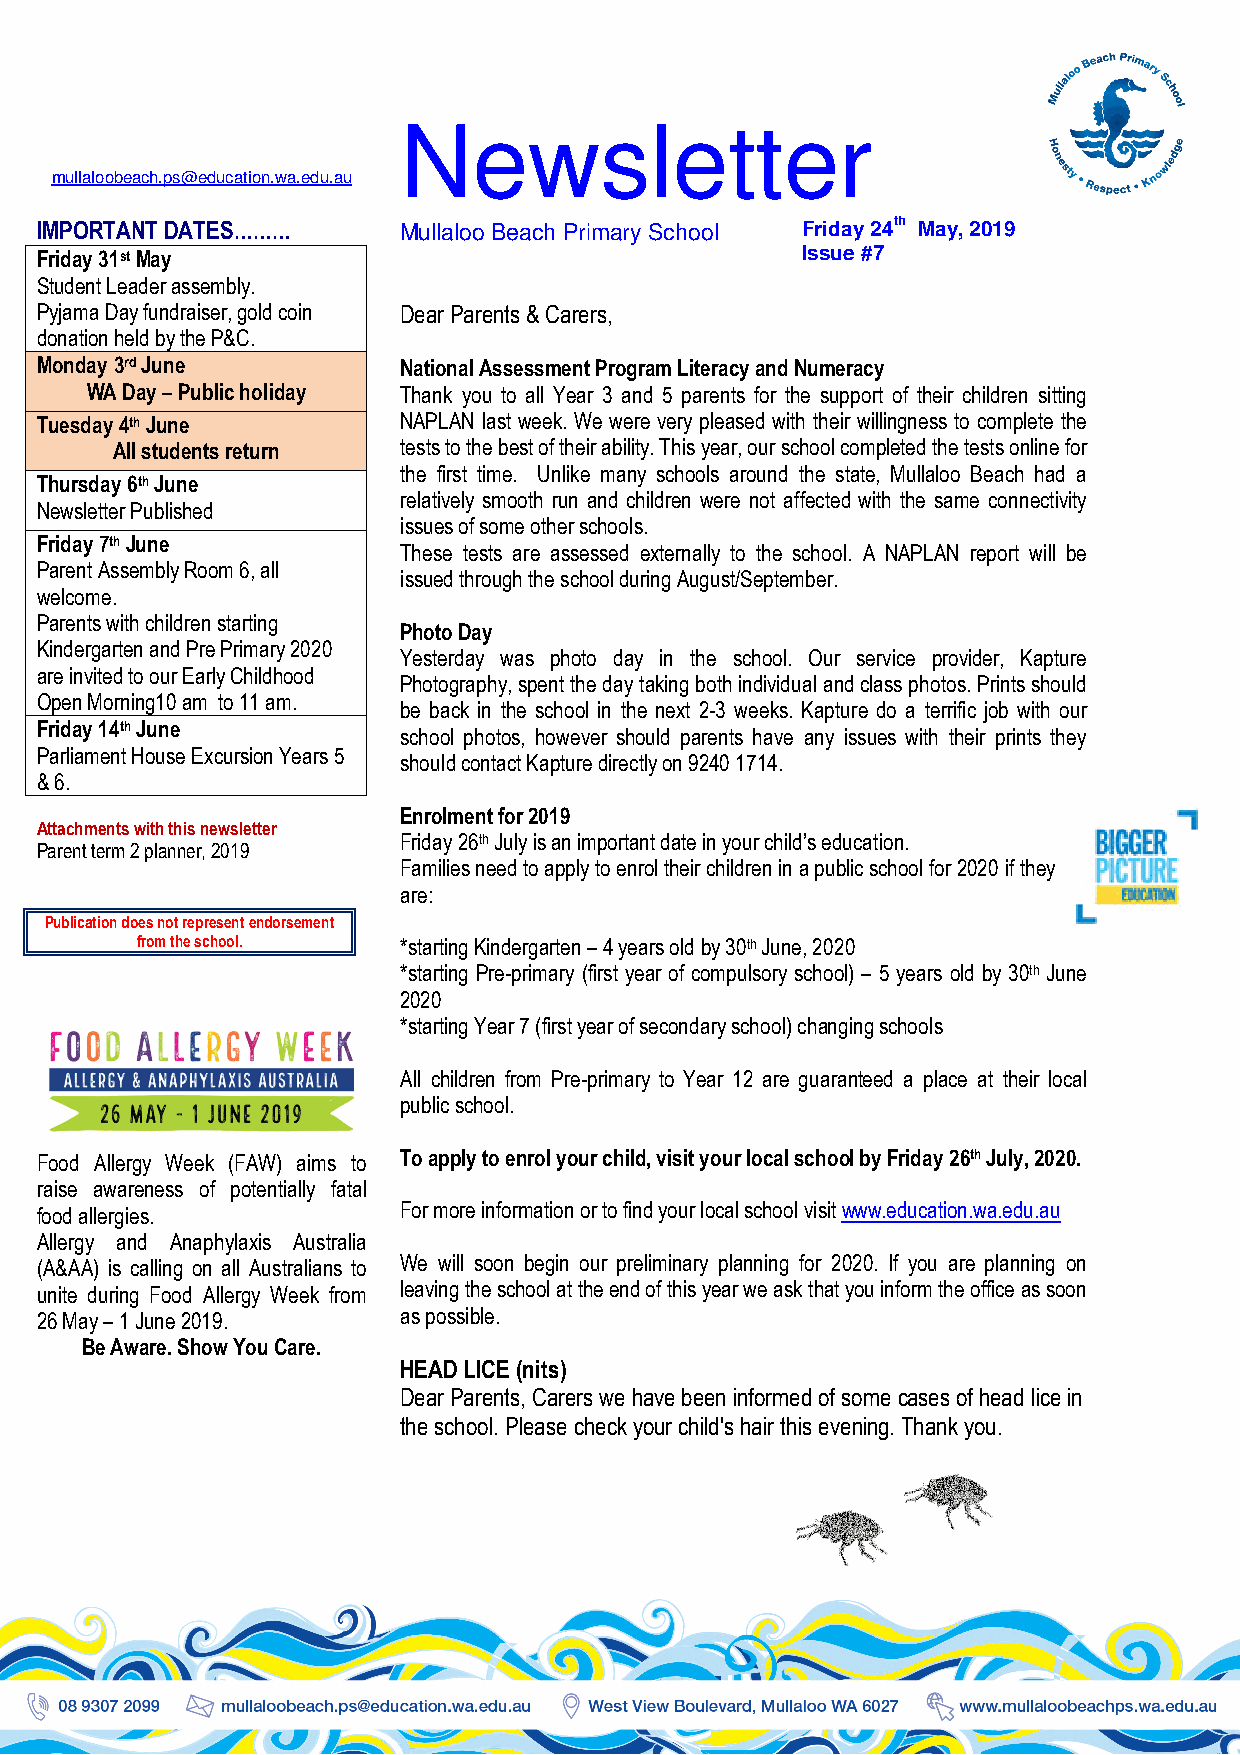
Newsletter
 mullaloobeach.ps@education.wa.edu.au
 IMPORTANT DATES………      Mullaloo Beach Primary School Friday 24th May, 2019
 Friday 31st May                                    Issue #7
 Student Leader assembly.
 Pyjama Day fundraiser, gold coin Dear Parents & Carers,
 donation held by the P&C.
 Monday 3rd June         National Assessment Program Literacy and Numeracy
 WA Day – Public holiday Thank you to all Year 3 and 5 parents for the support of their children sitting
 Tuesday 4th June        NAPLAN last week. We were very pleased with their willingness to complete the
 All students return tests to the best of their ability. This year, our school completed the tests online for
 the first time. Unlike many schools around the state, Mullaloo Beach had a
 Thursday 6th June
 relatively smooth run and children were not affected with the same connectivity
 Newsletter Published
 issues of some other schools.
 Friday 7th June
 These tests are assessed externally to the school. A NAPLAN report will be
 Parent Assembly Room 6, all
 issued through the school during August/September.
 welcome.
 Parents with children starting
 Photo Day
 Kindergarten and Pre Primary 2020
 Yesterday was photo day in the school. Our service provider, Kapture
 are invited to our Early Childhood
 Photography, spent the day taking both individual and class photos. Prints should
 Open Morning10 am to 11 am.
 be back in the school in the next 2-3 weeks. Kapture do a terrific job with our
 Friday 14th June
 school photos, however should parents have any issues with their prints they
 Parliament House Excursion Years 5
 should contact Kapture directly on 9240 1714.
 & 6.
 Enrolment for 2019
 Attachments with this newsletter
 Friday 26th July is an important date in your child’s education.
 Parent term 2 planner, 2019
 Families need to apply to enrol their children in a public school for 2020 if they
 are:
 Publication does not represent endorsement
 from the school. *starting Kindergarten – 4 years old by 30th June, 2020
 *starting Pre-primary (first year of compulsory school) – 5 years old by 30th June
 2020
 *starting Year 7 (first year of secondary school) changing schools
 All children from Pre-primary to Year 12 are guaranteed a place at their local
 public school.
 Food Allergy Week (FAW) aims to To apply to enrol your child, visit your local school by Friday 26th July, 2020.
 raise awareness of potentially fatal
 food allergies.         For more information or to find your local school visit www.education.wa.edu.au
 Allergy and Anaphylaxis Australia
 (A&AA) is calling on all Australians to We will soon begin our preliminary planning for 2020. If you are planning on
 unite during Food Allergy Week from leaving the school at the end of this year we ask that you inform the office as soon
 26 May – 1 June 2019.   as possible.
 Be Aware. Show You Care.
 HEAD LICE (nits)
 Dear Parents, Carers we have been informed of some cases of head lice in
 the school. Please check your child's hair this evening. Thank you.